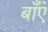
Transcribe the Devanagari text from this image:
बाँएं